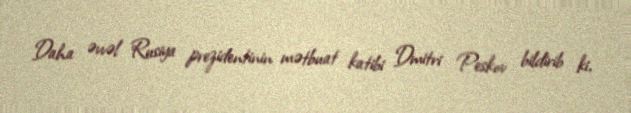
Daha əvvəl Rusiya prezidentinin mətbuat katibi Dmitri Peskov bildirib ki,